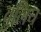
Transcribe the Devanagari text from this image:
वुलिच